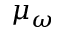
\mu _ { \omega }